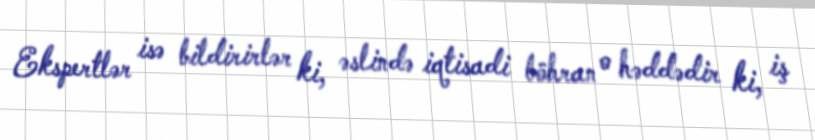
Ekspertlər isə bildirirlər ki, əslində iqtisadi böhran o həddədir ki, iş